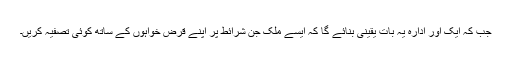
جب کہ ایک اور ادارہ یہ بات یقینی بنائے گا کہ ایسے ملک جن شرائط پر اپنے قرض خواہوں کے ساتھ کوئی تصفیہ کریں۔